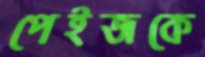
পেইজকে